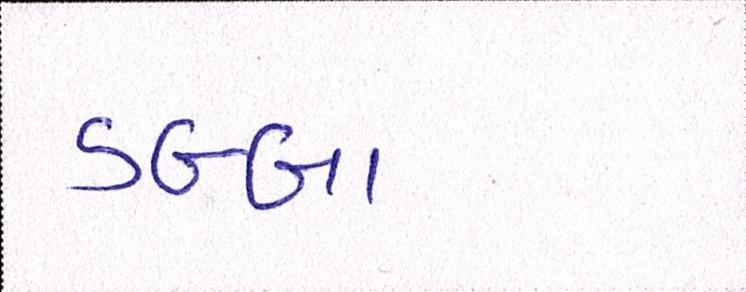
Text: ડબ્બા